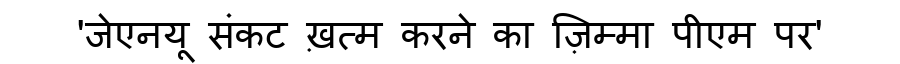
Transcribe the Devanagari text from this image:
'जेएनयू संकट ख़त्म करने का ज़िम्मा पीएम पर'